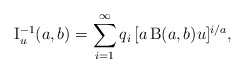
\begin{align*}\operatorname{I}^{-1}_{u}(a,b)=\sum_{i=1}^{\infty}q_i\,[a\operatorname{B}(a,b) u]^{i/a},\end{align*}